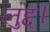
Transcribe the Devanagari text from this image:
लुद्दं।